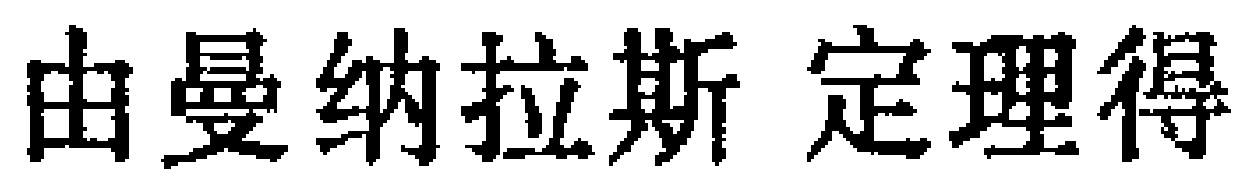
由曼纳拉斯 定理得